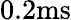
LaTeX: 0.2\mathrm{ms}